Bréfritari: Jakobína Jónsdóttir
Viðtakandi: Sólveig Jónsdóttir
Dagsetning: A-1880-10-15
Skrifað á: Bessastöðum  Gull.
systir bréfviðtakanda

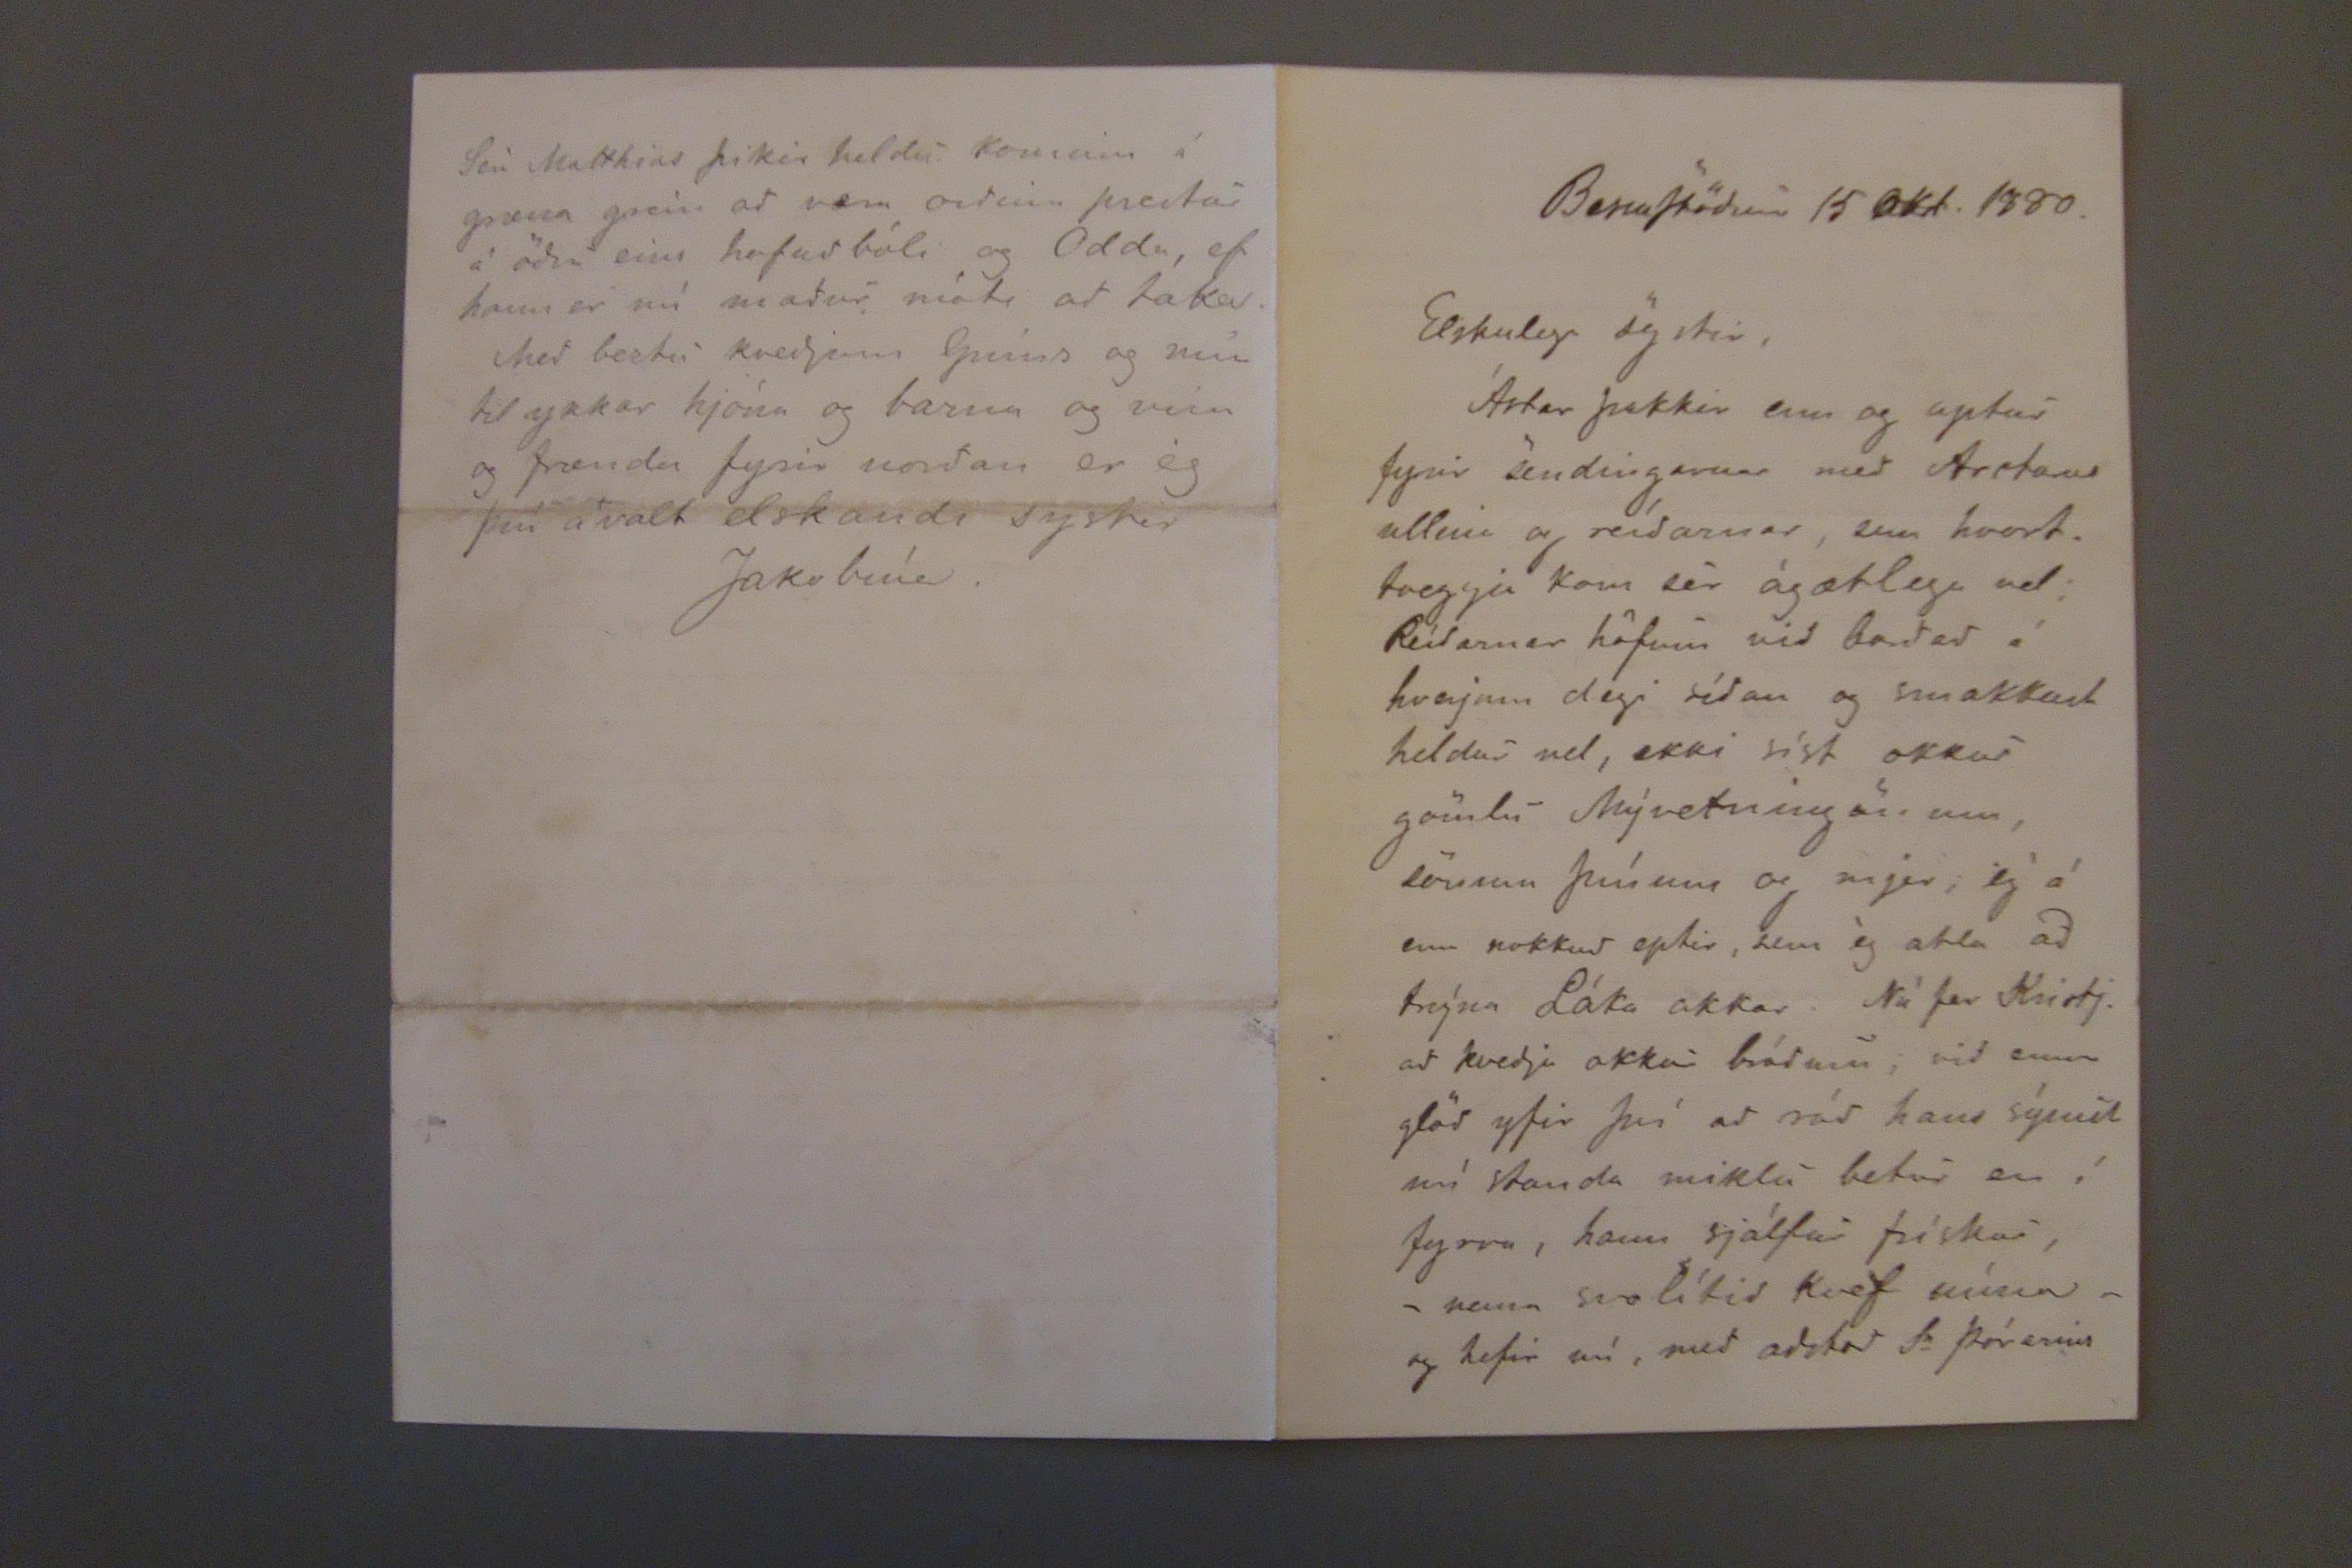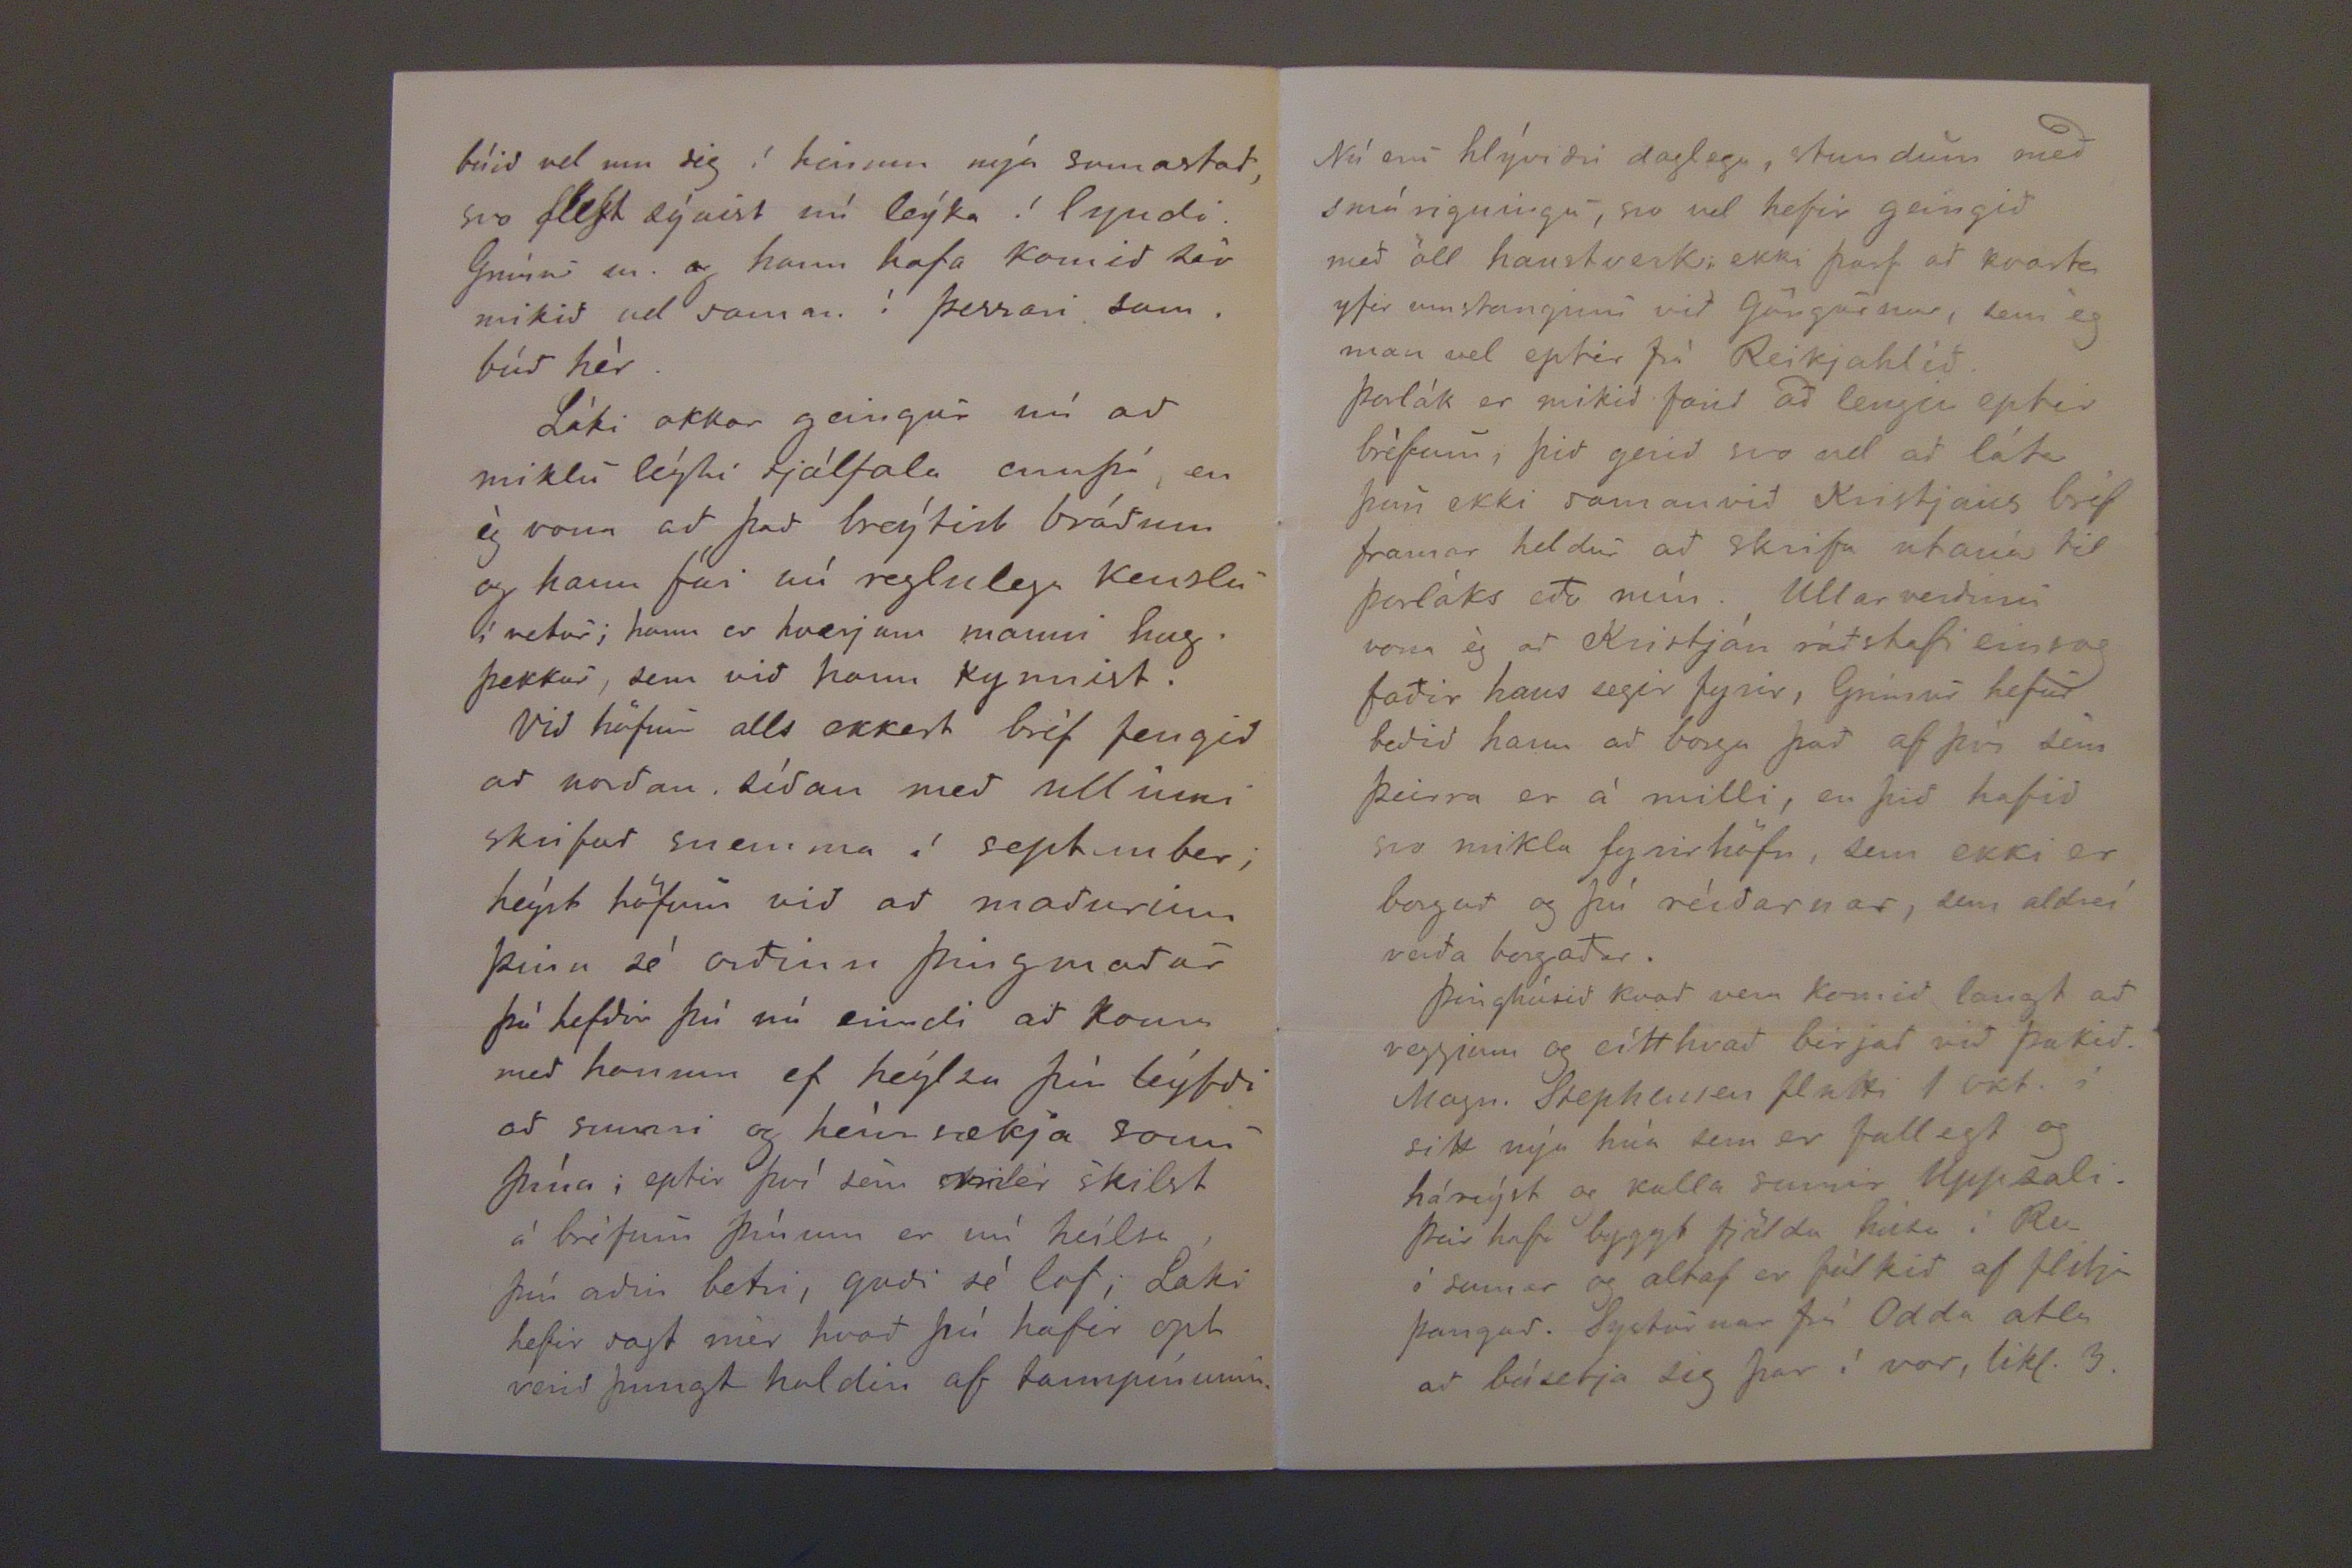

BessaStödum 15 Okt. 1880.
Elskulega systir,
Ástar þakkir enn og aptur fyrir sendingurnar med Arctaris ullina og reídinar, sem hvorttveggja kom sér ágætlega vel; Reídarnar höfum vid badad á hverjum degi sídan og smakkast heldur vel, ekki síst okkur gömlu Mývetningönum, sönnun þínum er er mjer, ég á enn nokkud eptir, sem ég atla ad trýna Láka okkar. Nú fer Kristj. ad kvedja okkur brádum; vid erum glöd yfir því ad rád hans sýnist nú standa miklu betur en í fyrra, hann sjálfur frískur, -nema svolítid kvef núna- og hefir nú, med adstod Sr Þórarins
búid vel um sig í hinum nýa samastad, svo flest sýnist nú leýka í lyndi. Grímur m. og hann hafa komid sér mikid vel saman í þessari sambúd hér.
Láki okkar geingur nú að miklu leýti sjálfala ennþá, en ég vona að það breýtist bráðum og hann fái nú reglulega kenslu í vetur; hann er hverjum manni hugþekkur, sem við hann kynnist.
Við höfum alls ekkert bréf fengið að norðan síðan með ullinni skrifað snemma í september; heýrt höfum við að maðurinn þinn sé orðinn þingmaður þá hefðir þú nú erindi að koma með honum ef heýlsa þín leýfði að sumri og heímsækja sonu þína; eptir því sem mér skilst á bréfum þínum er nú heílsa þín roðin betri, guði sé lof; Láki hefir sagt mér hvað þú hafir opt verið þungt haldi af tannpínunni.
Séra Matthias þikir heldu kominn á græna grein að vera orðinn prestur á öðru eins hofuðbóli og Odda, ef hann er nú maður móti ad taka. Með beztu kveðjum Gríms og mín til ykkar hjóna og barna og vina og frænda fyrir norðan er ég þín ávalt elskandi sysitr
Jakobína.
Nú eru hlýviðri daglega, stundum með smá rigningu, svo vel hefir geingið með öll haustverk; ekki þarf að kvarta yfir umstanginu við göngurnar, sem ég man vel eptir frá Reikjahlíð.
Þorlák er mikið farið að lenga eptir bréfum, þið gerið svo vel að láta þau ekki samanvið Kristjans bréf framar heldur að skrifa utaná til Þorláks eða mín. Ullar verðinu vona ég að Kristján ráðstafi einsog faðir hans segir fyrir, Grímur hefur beðið hann að borga það af því sem þeirra er á milli, en þið hafið svo mikla fyrirhöfn, sem ekki er borgað og þú reíðarnar, sem aldreí verða borgaðar.
Þinghúsið hvað vera komið langt að veggjum og eítthvað birjað við þakið. Magn. Stephenssen flutti 1 okt. í sitt nýa hús sem er fallegt og háreýst og kalla sumir Uppsali. Þeir hafa byggt fjölda húsa í Rv. í sumar og altaf er fólkið af flitja þangað. Systurnar frá Odda atla að búsetja sig þar í vor, likl. 3.